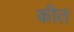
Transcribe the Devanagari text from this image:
कीत